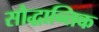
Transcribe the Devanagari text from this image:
सौद्धान्तिक